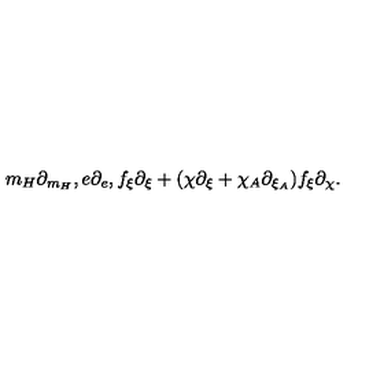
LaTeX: m _ { H } \partial _ { m _ { H } } , e \partial _ { e } , f _ { \xi } \partial _ { \xi } + ( \chi \partial _ { \xi } + \chi _ { A } \partial _ { \xi _ { A } } ) f _ { \xi } \partial _ { \chi } .